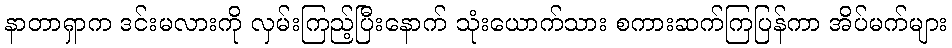
နာတာရှာက ဒင်းမလားကို လှမ်းကြည့်ပြီးနောက် သုံးယောက်သား စကားဆက်ကြပြန်ကာ အိပ်မက်များ